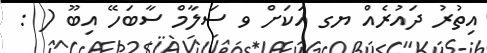
އިތުރު ދައުރެއް ޔގ އަކަށް ވ ސަލާމް ސާބަހޭ އިބޫ ( :